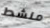
منشط